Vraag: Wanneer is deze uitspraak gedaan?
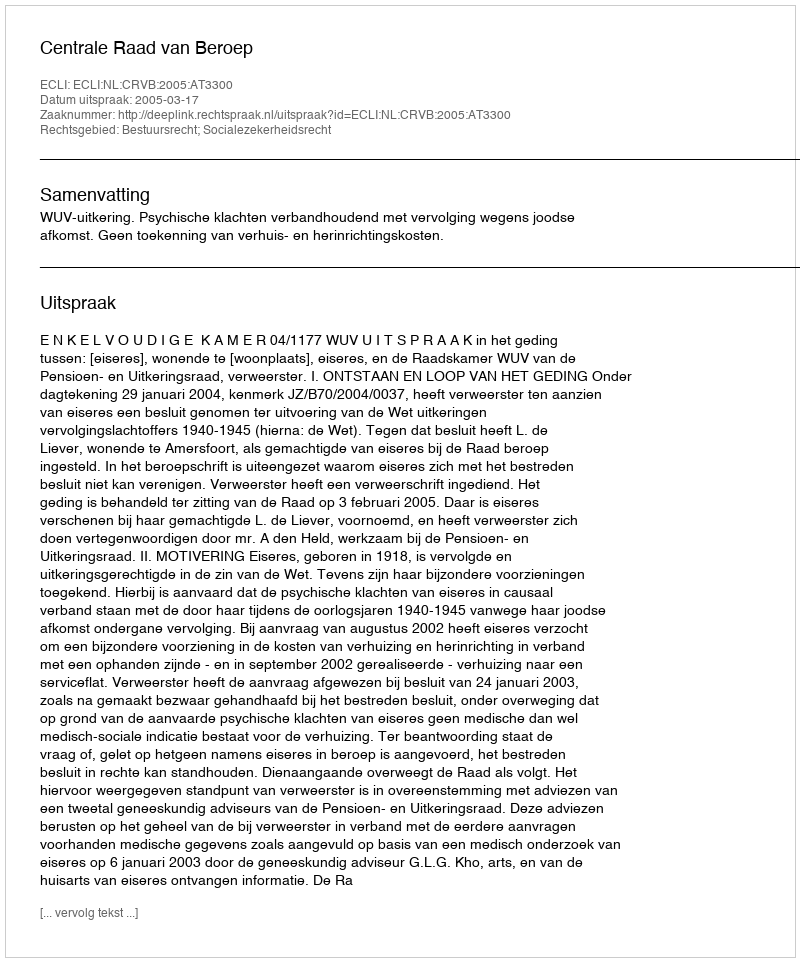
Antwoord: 2005-03-17